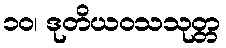
၁၀၊ ဒုတိယဝသသုတ္တ